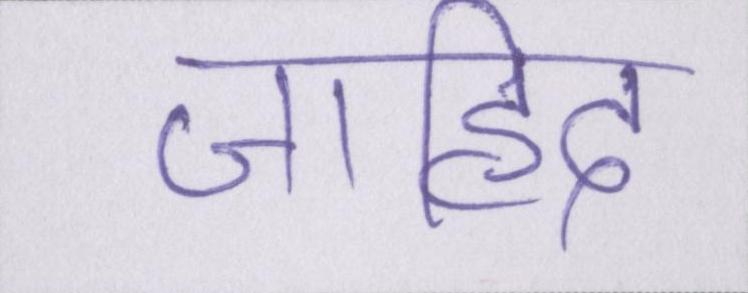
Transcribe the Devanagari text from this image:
जाहिद